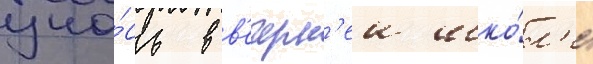
уча́сь в в'ечерн'еи шко́л'е